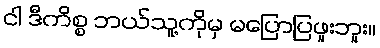
ငါ ဒီကိစ္စ ဘယ်သူ့ကိုမှ မပြောပြဖူးဘူး။